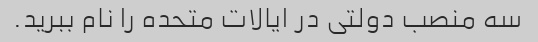
سه منصب دولتی در ایالات متحده را نام ببرید.